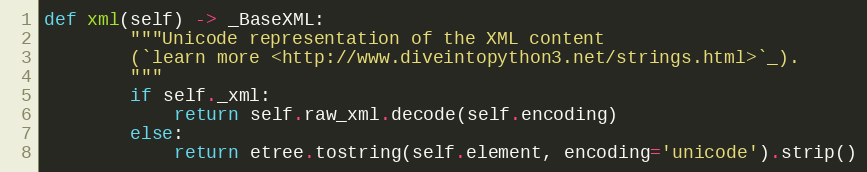
Language: Python
def xml(self) -> _BaseXML:
        """Unicode representation of the XML content
        (`learn more <http://www.diveintopython3.net/strings.html>`_).
        """
        if self._xml:
            return self.raw_xml.decode(self.encoding)
        else:
            return etree.tostring(self.element, encoding='unicode').strip()